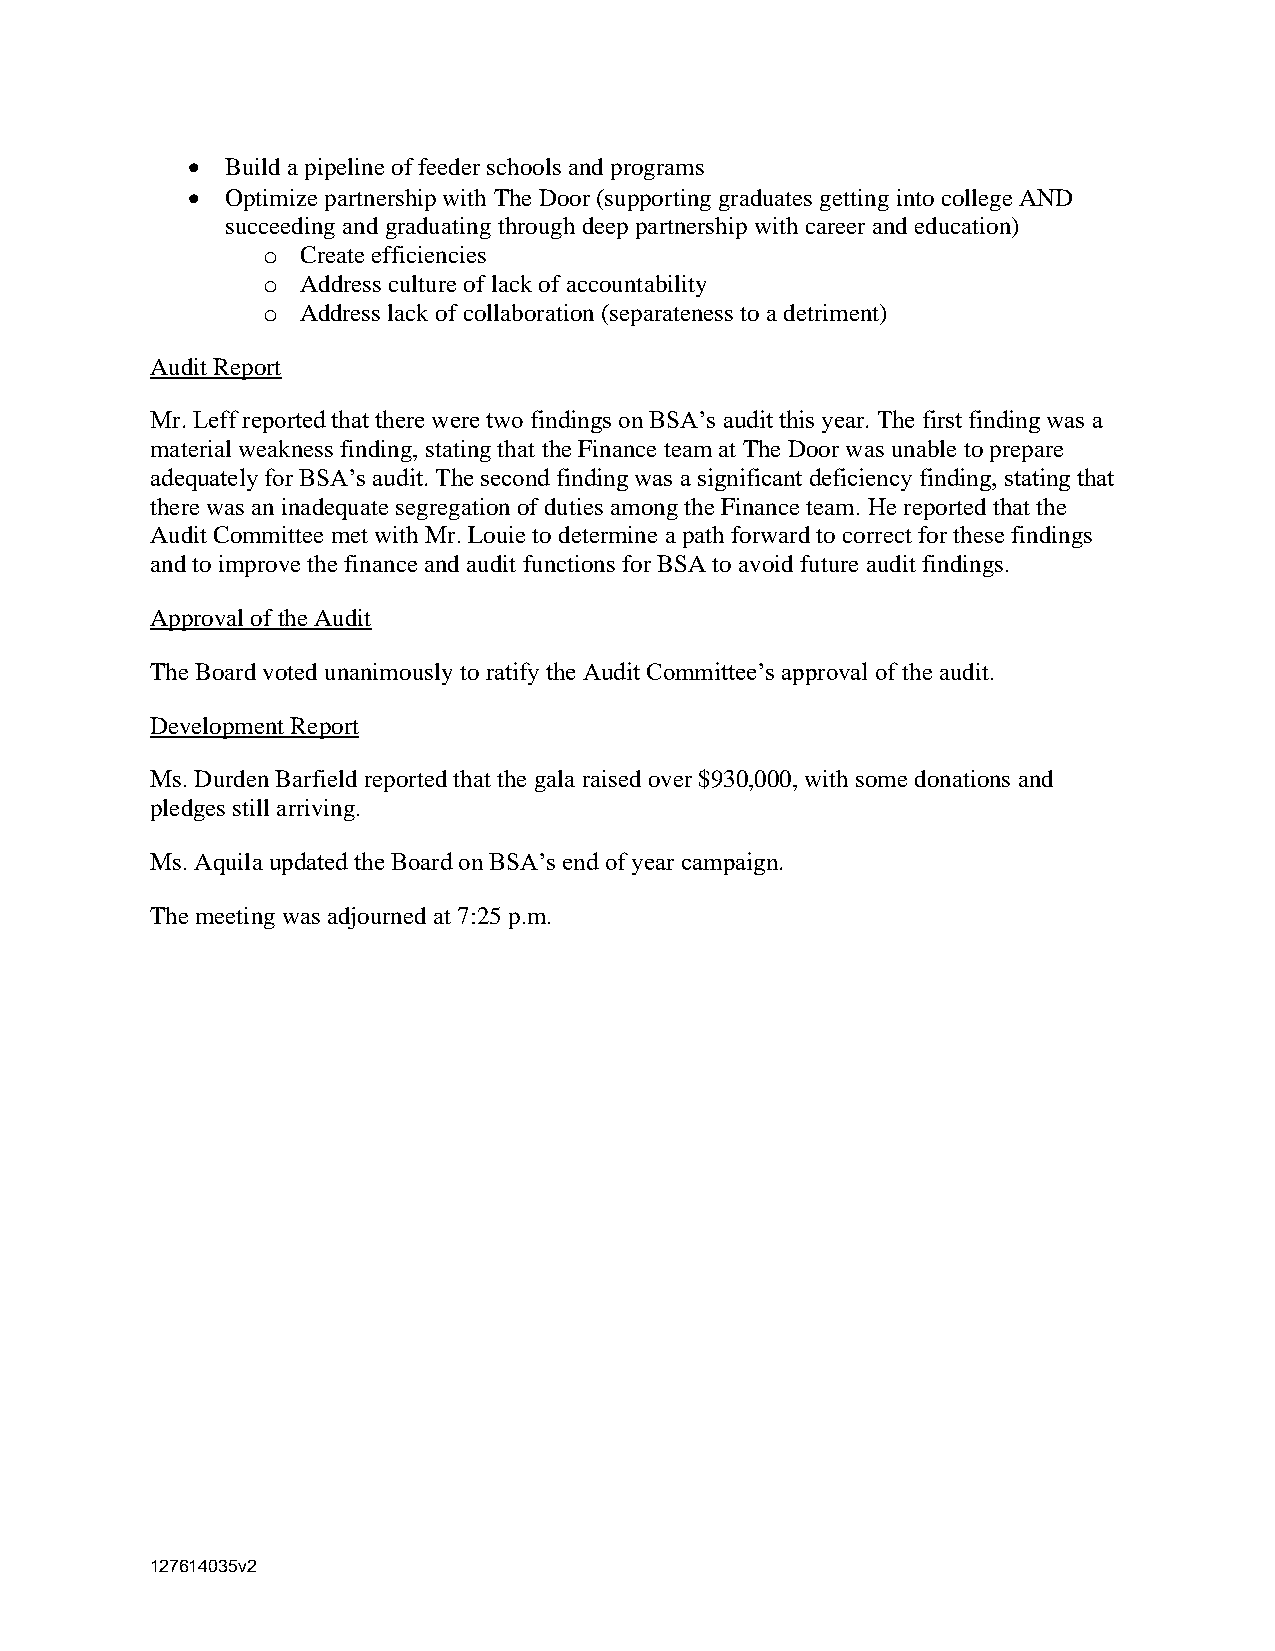
•  Build a pipeline of feeder schools and programs
 •  Optimize partnership with The Door (supporting graduates getting into college AND
 succeeding and graduating through deep partnership with career and education)
 o  Create efficiencies
 o  Address culture of lack of accountability
 o  Address lack of collaboration (separateness to a detriment)
 Audit Report
 Mr. Leff reported that there were two findings on BSA’s audit this year. The first finding was a
 material weakness finding, stating that the Finance team at The Door was unable to prepare
 adequately for BSA’s audit. The second finding was a significant deficiency finding, stating that
 there was an inadequate segregation of duties among the Finance team. He reported that the
 Audit Committee met with Mr. Louie to determine a path forward to correct for these findings
 and to improve the finance and audit functions for BSA to avoid future audit findings.
 Approval of the Audit
 The Board voted unanimously to ratify the Audit Committee’s approval of the audit.
 Development Report
 Ms. Durden Barfield reported that the gala raised over $930,000, with some donations and
 pledges still arriving.
 Ms. Aquila updated the Board on BSA’s end of year campaign.
 The meeting was adjourned at 7:25 p.m.
 127614035v2